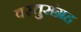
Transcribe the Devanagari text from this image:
वस्तुसंग्रह